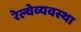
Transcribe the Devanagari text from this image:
रेल्वेव्यवस्था